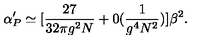
\alpha _ { P } ^ { \prime } \simeq [ { \frac { 2 7 } { 3 2 \pi g ^ { 2 } N } } + 0 ( \frac { 1 } { g ^ { 4 } N ^ { 2 } } ) ] { \beta ^ { 2 } } .